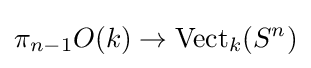
\pi _{n-1}O(k)\to {\text{Vect}}_{k}(S^{n})